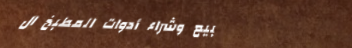
بيع وشراء أدوات المطبخ ال